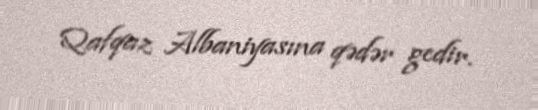
Qafqaz Albaniyasına qədər gedir.